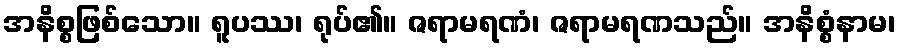
အနိစ္စဖြစ်သော။ ရူပဿ၊ ရုပ်၏။ ဇရာမရဏံ၊ ဇရာမရဏသည်။ အနိစ္စံနာမ၊